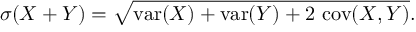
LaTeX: \sigma ( X + Y ) = { \sqrt { \operatorname { v a r } ( X ) + \operatorname { v a r } ( Y ) + 2 \, \operatorname { c o v } ( X , Y ) } } .